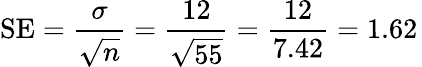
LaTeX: \mathrm{SE}={\frac{\sigma}{\sqrt{n}}}={\frac{12}{\sqrt{55}}}={\frac{12}{7.42}}=1.62\,